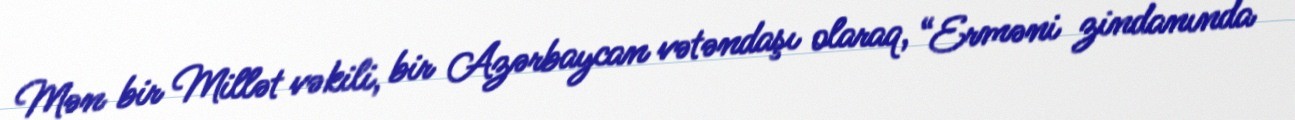
Mən bir Millət vəkili, bir Azərbaycan vətəndaşı olaraq, “Erməni zindanında